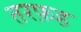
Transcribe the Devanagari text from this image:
तरफ़ह